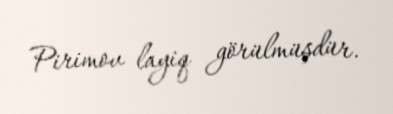
Pirimov layiq görülmüşdür.